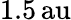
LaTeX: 1.5{\mathrm{\, au}}